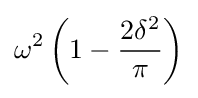
\omega ^{2}\left(1-{\frac {2\delta ^{2}}{\pi }}\right)